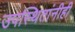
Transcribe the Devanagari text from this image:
उपस्थितांनीही